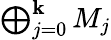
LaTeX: \textstyle\bigoplus_{j=0}^{\mathbf{k}}M_{j}